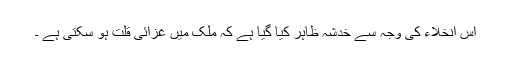
اس انخلاء کی وجہ سے خدشہ ظاہر کیا گیا ہے کہ ملک میں غزائی قلت ہو سکتی ہے ۔